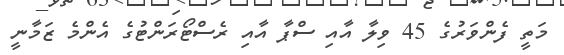
މަތީ ފެންވަރުގެ 45 ވިލާ އާއި ސްޕާ އާއި ރެސްޓޯރަންޓުގެ އެންމެ ޒަމާނީ